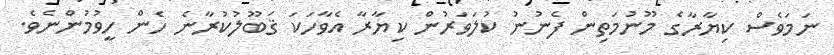
ނަމަވެސް ކިޔާރާގެ މޫނުމަތިން ފެނުނު ކުލަަވަރުން ކިޔާރާ އެވާހަކަ ޤަބޫލުކުރާނެ ހެން ހީވުމުންނެވެ.